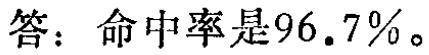
答：命中率是\(96.7\%\)。